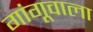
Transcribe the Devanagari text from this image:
गांगूवाला